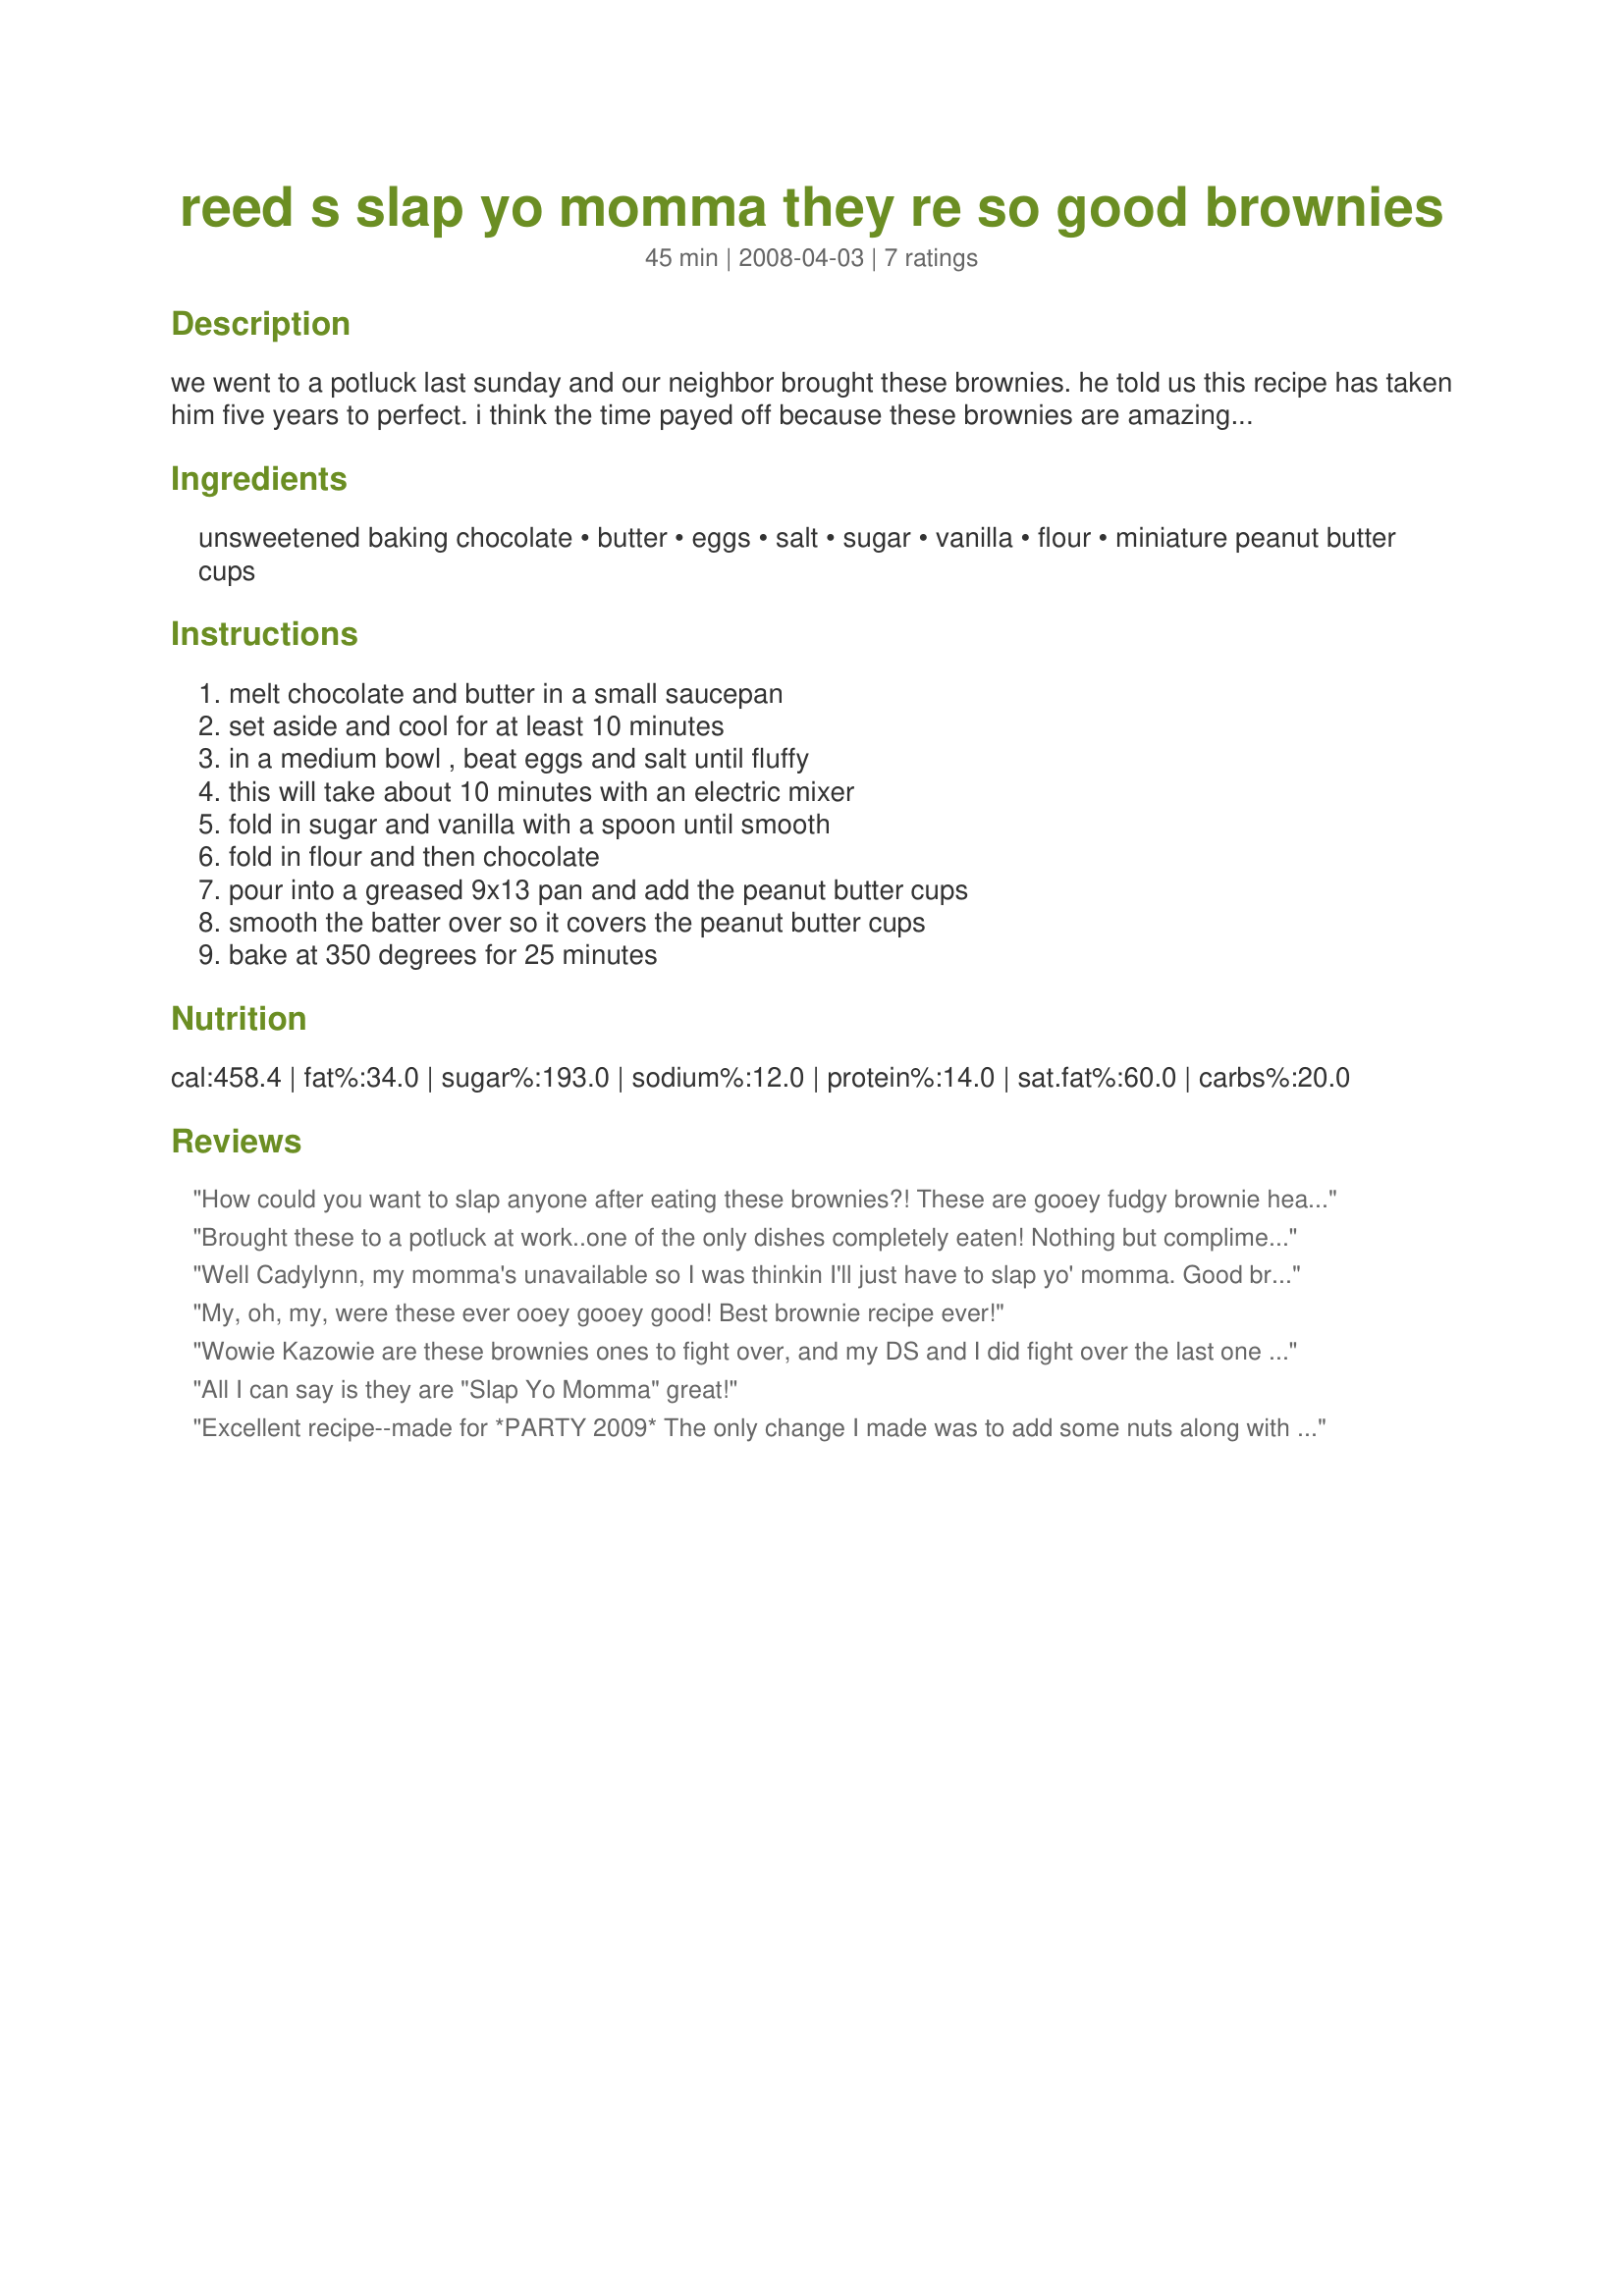
reed s slap yo momma they re so good brownies
Preparation time: 45 minutes

we went to a potluck last sunday and our neighbor brought these brownies. he told us this recipe has taken him five years to perfect. i think the time payed off because these brownies are amazing! i am posting this recipe for your enjoyment and as a precaution for losing this recipe because if i lost it i would never forgive myself!! hope you enjoy them as much as i do!

Ingredients:
unsweetened baking chocolate, butter, eggs, salt, sugar, vanilla, flour, miniature peanut butter cups

Steps:
melt chocolate and butter in a small saucepan, set aside and cool for at least 10 minutes, in a medium bowl , beat eggs and salt until fluffy, this will take about 10 minutes with an electric mixer, fold in sugar and vanilla with a spoon until smooth, fold in flour and then chocolate, pour into a greased 9x13 pan and add the peanut butter cups, smooth the batter over so it covers the peanut butter cups, bake at 350 degrees for 25 minutes

Reviews:
How could you want to slap anyone after eating these brownies?! These are gooey fudgy brownie heaven! I had to bring these to work to share, because these were just too decadent to appeal to DH, and I really didn't need to eat an entire pan of these by myself. I didn't have any Reese's mini cups on hand (I'm trying my darndest to use existing pantry goods for PAC instead of running to the grocery store), so I subbed quartered Lindt balls (mixed milk/ white / dark) instead -- they were the only filled chocolate candies I had. I agree with the previous reviewer, they're better once they're cooled. I actually had to chill my brownies a bit to be able to cut them into bars -- the Lindt balls made the brownies too oozy to cut when warm. Cakey brownie lovers, walk away from this recipe! These are the complete polar opposite of cakey brownies. Now, since nutrition-wise, my tasters and I were going to heck in a handbasket with the brownies already, I made these even more over-the-top by serving them with Recipe#341991 to spread on them like cream cheese on quickbread. OMG! Thank you for posting these! Made for PAC Spring 09
Brought these to a potluck at work..one of the only dishes completely eaten! Nothing but compliments from all my colleagues!
Well Cadylynn, my momma's unavailable so I was thinkin I'll just have to slap yo' momma. Good brownines. I liked them much better once they had cooled completely. (I know, weird huh?) Kids loved em.
My, oh, my, were these ever ooey gooey good! Best brownie recipe ever!
Wowie Kazowie are these brownies ones to fight over, and my DS and I did fight over the last one :) They were so good loaded with nuts and the peanut butter cups. You need to try em yourself!
All I can say is they are "Slap Yo Momma" great!
Excellent recipe--made for *PARTY 2009* The only change I made was to add some nuts along with the candy pieces. Yummeee!
